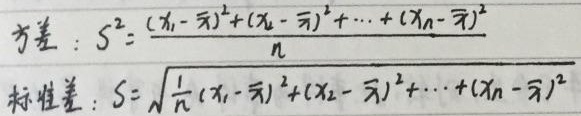
方差：
\[
S^{2}=\frac{(x_{1}-\overline{x})^{2}+(x_{2}-\overline{x})^{2}+\cdots+(x_{n}-\overline{x})^{2}}{n}
\]
标准差：
\[
S = \sqrt{\frac{1}{n}[(x_{1}-\overline{x})^{2}+(x_{2}-\overline{x})^{2}+\cdots+(x_{n}-\overline{x})^{2}]}
\]